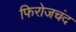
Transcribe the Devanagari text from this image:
फिरोजचंद